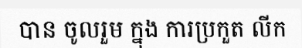
បាន ចូលរួម ក្នុង ការប្រកួត លីក